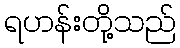
ရဟန်းတို့သည်